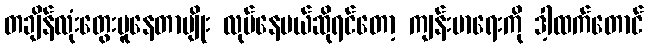
တချိန်လုံးတွေးပူနေတာမျိုး လုပ်နေမယ်ဆိုရင်တော့ ကျန်းမာရေးကို ဒါ့ထက်တောင်